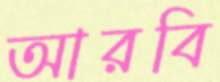
আরবি